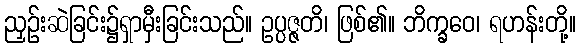
ညှဉ်းဆဲခြင်း၌ရှာမှီးခြင်းသည်။ ဥပ္ပဇ္ဇတိ၊ ဖြစ်၏။ ဘိက္ခဝေ၊ ရဟန်းတို့။